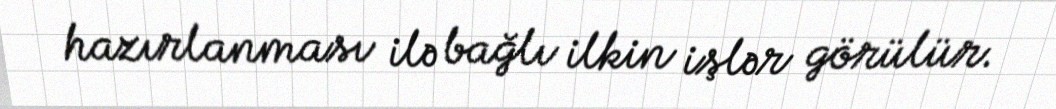
hazırlanması ilə bağlı ilkin işlər görülür.